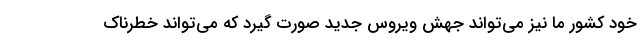
خود کشور ما نیز می‌تواند جهش ویروس جدید صورت گیرد که می‌تواند خطرناک